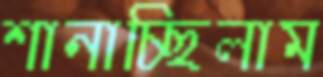
শানাচ্ছিলাম